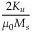
\frac { 2 K _ { u } } { \mu _ { 0 } M _ { s } }